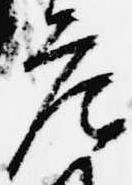
庄